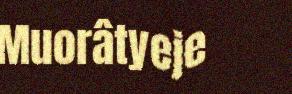
Muorâtyeje